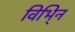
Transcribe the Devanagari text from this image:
विभि्न